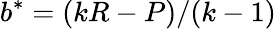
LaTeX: b^{*}=(kR-P)/(k-1)